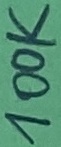
Text: 100K